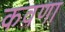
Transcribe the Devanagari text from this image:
कवणा